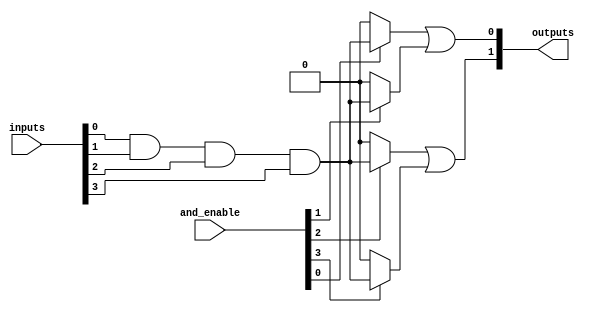
module hs_pal #(
    parameter NUM_INPUTS = 8,           // Number of input lines
    parameter NUM_AND_TERMS = 4,        // Number of programmable AND gates
    parameter NUM_OUTPUTS = 2            // Number of output lines
)(
    input wire [NUM_INPUTS-1:0] inputs,  // Input lines
    input wire [NUM_AND_TERMS-1:0] and_enable, // Enable signals for AND gates
    output wire [NUM_OUTPUTS-1:0] outputs // Output lines
);

// Internal wires for AND gate outputs
wire [NUM_AND_TERMS-1:0] and_outputs;

// Programmable AND array
genvar i, j;
generate
    for (i = 0; i < NUM_AND_TERMS; i = i + 1) begin : and_array
        assign and_outputs[i] = and_enable[i] ? 
            (inputs[0] & inputs[1] & inputs[2] & inputs[3]) : 1'b0; // Example of 4-input AND
    end
endgenerate

// Fixed OR array
assign outputs[0] = and_outputs[0] | and_outputs[1]; // Example OR operation
assign outputs[1] = and_outputs[2] | and_outputs[3]; // Example OR operation

endmodule